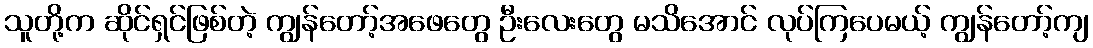
သူတို့က ဆိုင်ရှင်ဖြစ်တဲ့ ကျွန်တော့်အဖေတွေ ဦးလေးတွေ မသိအောင် လုပ်ကြပေမယ့် ကျွန်တော့်ကျ